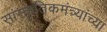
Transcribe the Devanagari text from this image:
सांस्कृतिकमंत्र्यांच्या